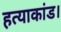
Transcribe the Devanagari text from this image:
हत्याकांड।